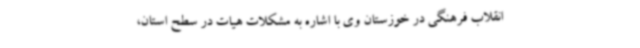
انقلاب فرهنگی در خوزستان وی با اشاره به مشکلات هیات در سطح استان،